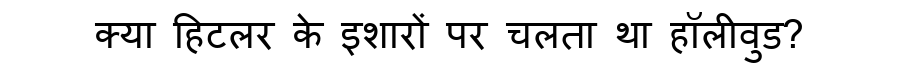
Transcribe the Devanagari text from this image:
क्या हिटलर के इशारों पर चलता था हॉलीवुड?